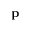
\textbf { p }